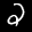
Label: 2